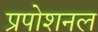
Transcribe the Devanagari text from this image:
प्रपोशनल